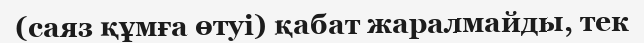
(саяз құмға өтуі) қабат жаралмайды, тек